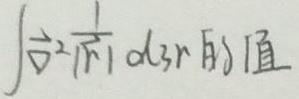
$\int \frac{1}{x^{2}\sqrt{1 - x^{2}}} \mathrm{d}x的值$